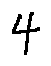
4